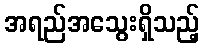
အရည်အသွေးရှိသည့်